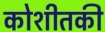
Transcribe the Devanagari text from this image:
कोशीतकी